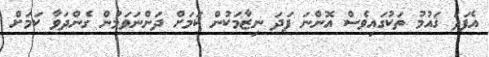
އެފަދަ ޤައުމު ތަކުގައިވެސް އޮންނަ ފަދަ ނިޒާމަކުން ކަމަށް ދަންނަވަމުން ގެންދަވާ ކަމަށް